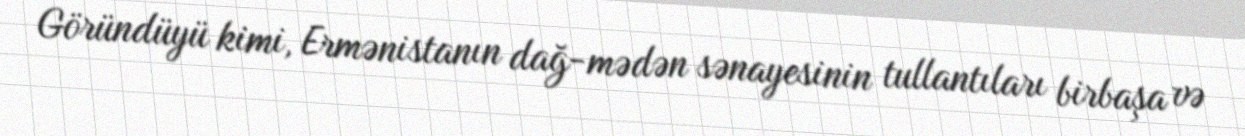
Göründüyü kimi, Ermənistanın dağ-mədən sənayesinin tullantıları birbaşa və